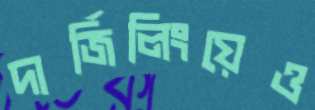
দার্জিলিংয়েও